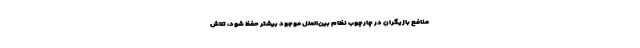
منافع بازیگران در چارچوب نظام بین‌الملل موجود بیشتر حفظ شود، تلاش